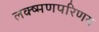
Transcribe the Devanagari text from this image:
लक्ष्मणपरिणय